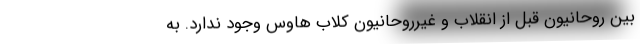
بین روحانیون قبل از انقلاب و غیرروحانیون کلاب هاوس وجود ندارد. به